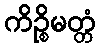
ကိဉ္စိမတ္တံ